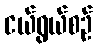
ငယ်ရွယ်စဉ်